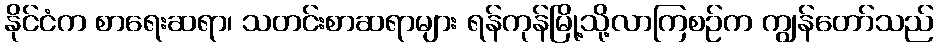
နိုင်ငံက စာရေးဆရာ၊ သတင်းစာဆရာများ ရန်ကုန်မြို့သို့လာကြစဉ်က ကျွန်တော်သည်